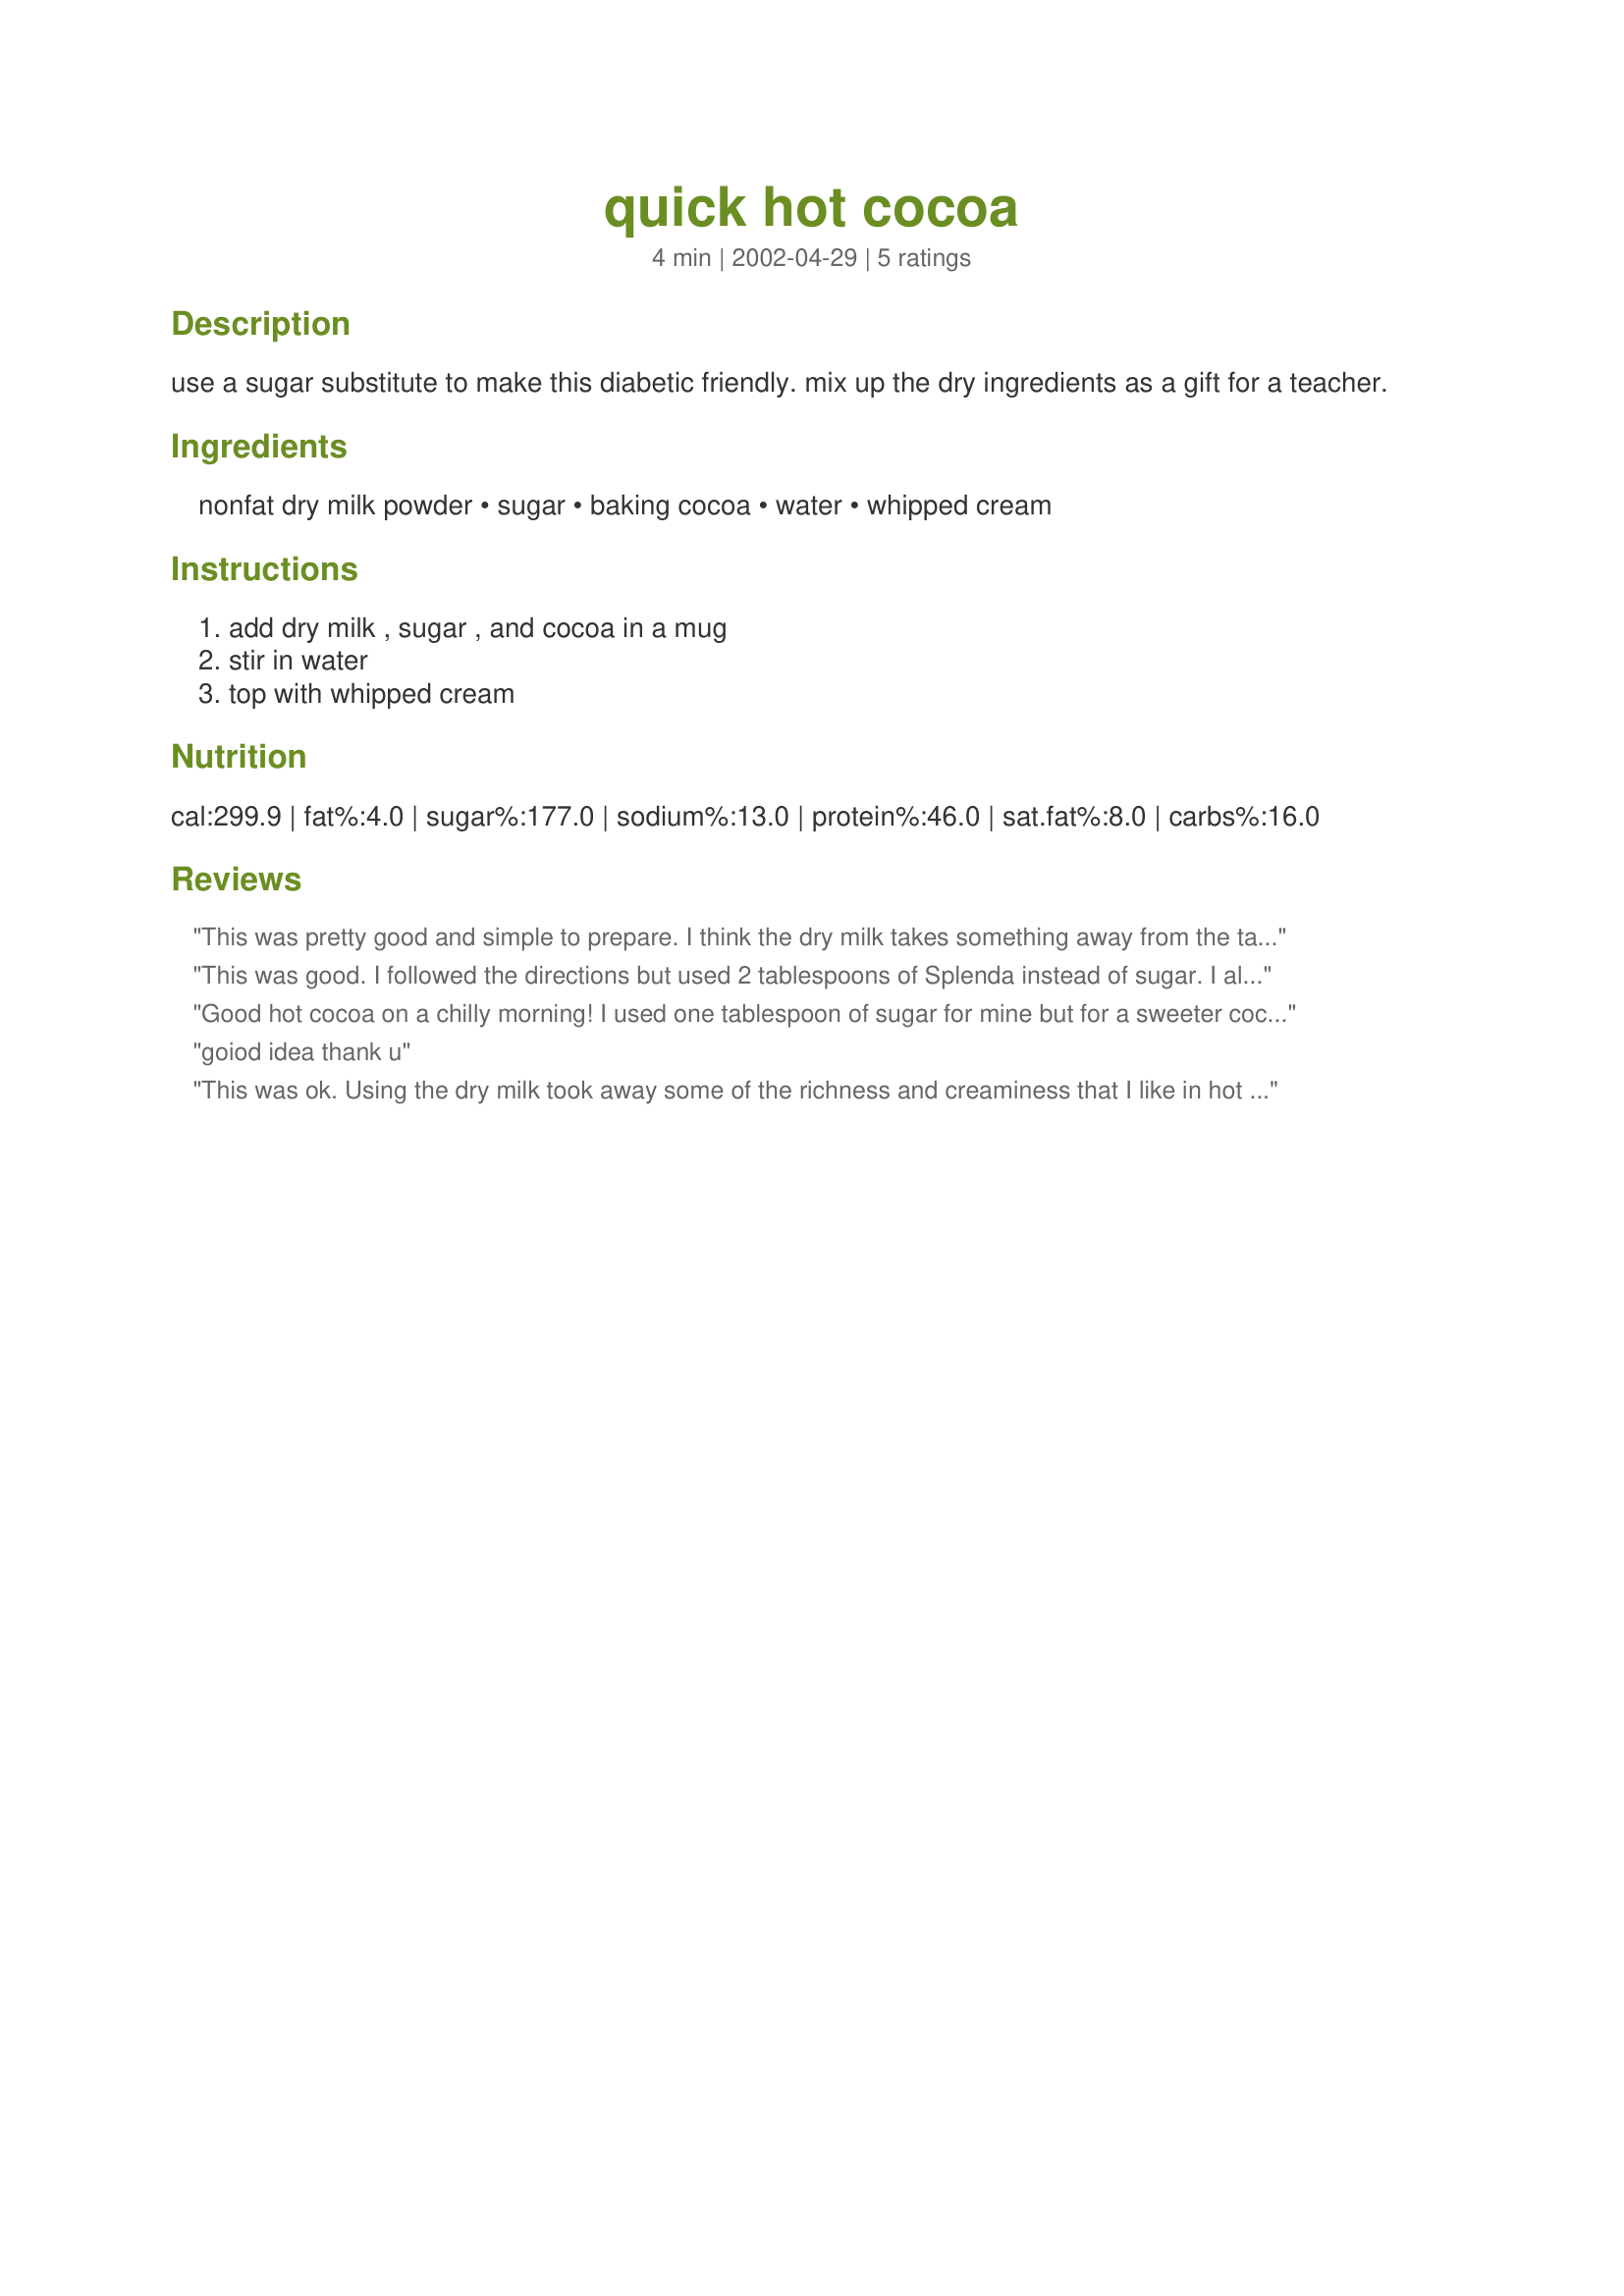
quick hot cocoa
Preparation time: 4 minutes

use a sugar substitute to make this diabetic friendly. mix up the dry ingredients as a gift for a teacher.

Ingredients:
nonfat dry milk powder, sugar, baking cocoa, water, whipped cream

Steps:
add dry milk , sugar , and cocoa in a mug, stir in water, top with whipped cream

Reviews:
This was pretty good and simple to prepare. I think the dry milk takes something away from the taste, but it does make it easy and it is definitely a step up from the package hot cocoa.
This was good. I followed the directions but used 2 tablespoons of Splenda instead of sugar. I also didn't have whipped cream so we used marshmallows. This hit the spot after the football game this evening.
Good hot cocoa on a chilly morning! I used one tablespoon of sugar for mine but for a sweeter cocoa use two tablespoons. Sprinkled a little cocoa on the whipped cream, yummy.
goiod idea thank u
This was ok. Using the dry milk took away some of the richness and creaminess that I like in hot cocoa. Might be better made with milk instead of water. Warmed me up on this cold night, however. Thanks for posting.
